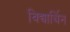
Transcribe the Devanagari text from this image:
विद्यार्थिन